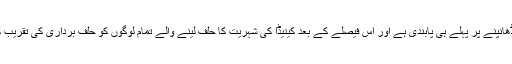
کینیڈین صوبے کیوبک میں کچھ حکومتی سروسز میں نقاب کرنے یا چہرہ ڈھانپنے پر پہلے ہی پابندی ہے اور اس فیصلے کے بعد کینیڈا کی شہریت کا حلف لینے والے تمام لوگوں کو حلف برداری کی تقریب کے دوران چہرہ ڈھانپنے والے کسی بھر کپڑے یا دیگر اشیاء کو اتارنا ہوگا۔